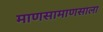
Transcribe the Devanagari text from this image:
माणसामाणसाला